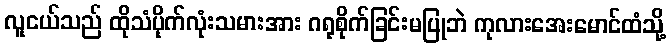
လူငယ်သည် ထိုသံပိုက်လုံးသမားအား ဂရုစိုက်ခြင်းမပြုဘဲ ကုလားအေးမောင်ထံသို့